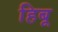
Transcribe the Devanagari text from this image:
हिबू